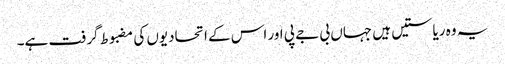
یہ وہ ریاستیں ہیں جہاں بی جے پی اور اس کے اتحادیوں کی مضبوط گرفت ہے۔